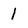
Character: 1